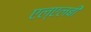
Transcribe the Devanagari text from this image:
एल्‌एलबी